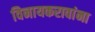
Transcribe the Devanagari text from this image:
विनायकरावांना